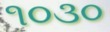
૧૦૩૦